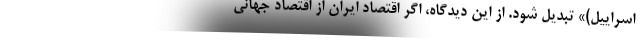
اسراییل)» تبدیل شود. از این دیدگاه، اگر اقتصادِ ایران از اقتصادِ جهانی